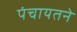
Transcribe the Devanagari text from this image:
पंचायतने